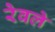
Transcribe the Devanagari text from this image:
रेवले